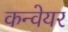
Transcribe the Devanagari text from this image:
कन्‍वेयर